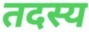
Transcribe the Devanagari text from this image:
तदस्य